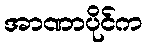
အာဏာပိုင်က